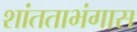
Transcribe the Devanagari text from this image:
शांतताभंगास